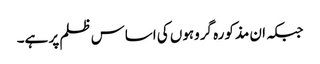
جبکہ ان مذکورہ گروہوں کی اساس ظلم پر ہے۔